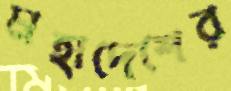
মহাদেশের